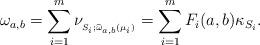
LaTeX: \begin{align*}\omega_{a,b}=\sum_{i=1}^m \nu_{_{S_i;{\widehat\omega}_{a,b}(\mu_i)}}=\sum_{i=1}^m F_i(a, b)\kappa_{S_i}.\end{align*}